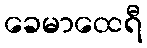
ခေမာထေရီ